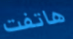
هاتفت